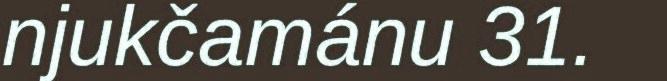
njukčamánu 31.